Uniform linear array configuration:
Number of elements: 16
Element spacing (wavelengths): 0.5
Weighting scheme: exponential
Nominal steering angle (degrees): -30
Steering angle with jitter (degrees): -28.456
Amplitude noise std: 0.05
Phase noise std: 0.05

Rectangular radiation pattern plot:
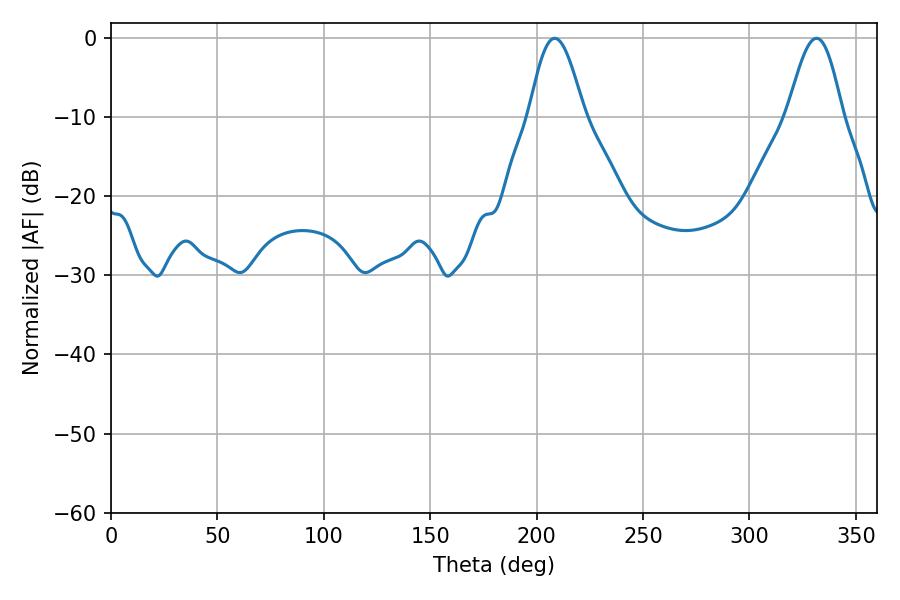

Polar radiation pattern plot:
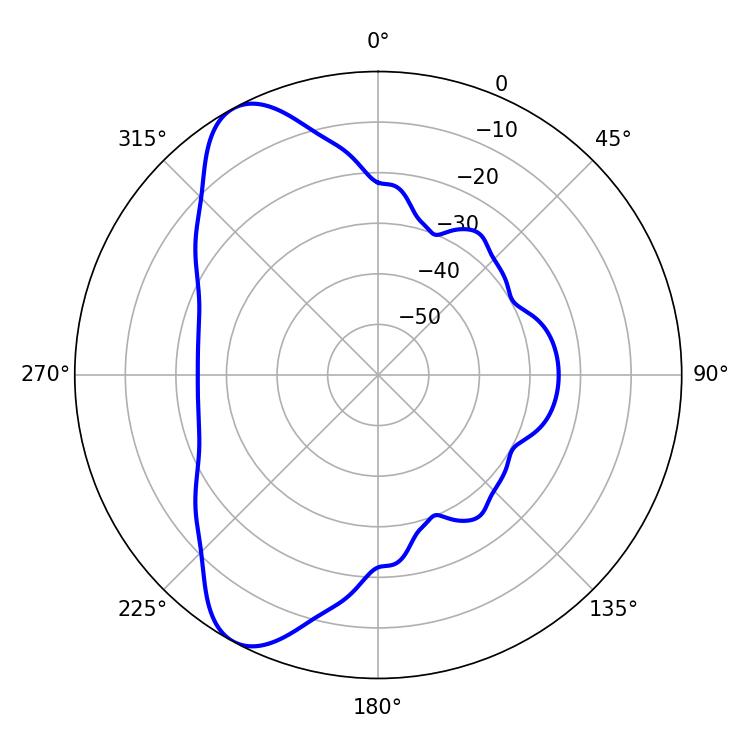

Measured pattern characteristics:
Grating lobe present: FALSE
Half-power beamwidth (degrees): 13.86
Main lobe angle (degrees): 208.44